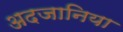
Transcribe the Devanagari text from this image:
अदजानिया